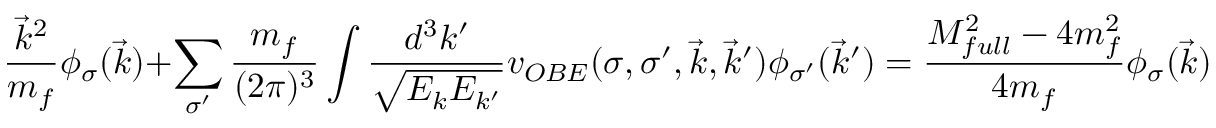
\frac { \vec { k } ^ { 2 } } { m _ { f } } \phi _ { \sigma } ( \vec { k } ) + \sum _ { \sigma ^ { \prime } } \frac { m _ { f } } { ( 2 \pi ) ^ { 3 } } \int \frac { d ^ { 3 } k ^ { \prime } } { \sqrt { E _ { k } E _ { k ^ { \prime } } } } v _ { O B E } ( \sigma , \sigma ^ { \prime } , \vec { k } , \vec { k } ^ { \prime } ) \phi _ { \sigma ^ { \prime } } ( \vec { k } ^ { \prime } ) = \frac { M _ { f u l l } ^ { 2 } - 4 m _ { f } ^ { 2 } } { 4 m _ { f } } \phi _ { \sigma } ( \vec { k } ) \; ,